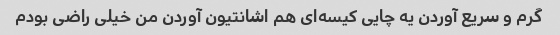
گرم و سریع آوردن یه چایی کیسه‌ای هم اشانتیون آوردن من خیلی راضی بودم